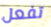
تفعل